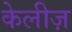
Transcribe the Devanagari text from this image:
केलीज़